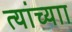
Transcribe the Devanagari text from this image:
त्यांच्याा